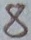
Text: 8